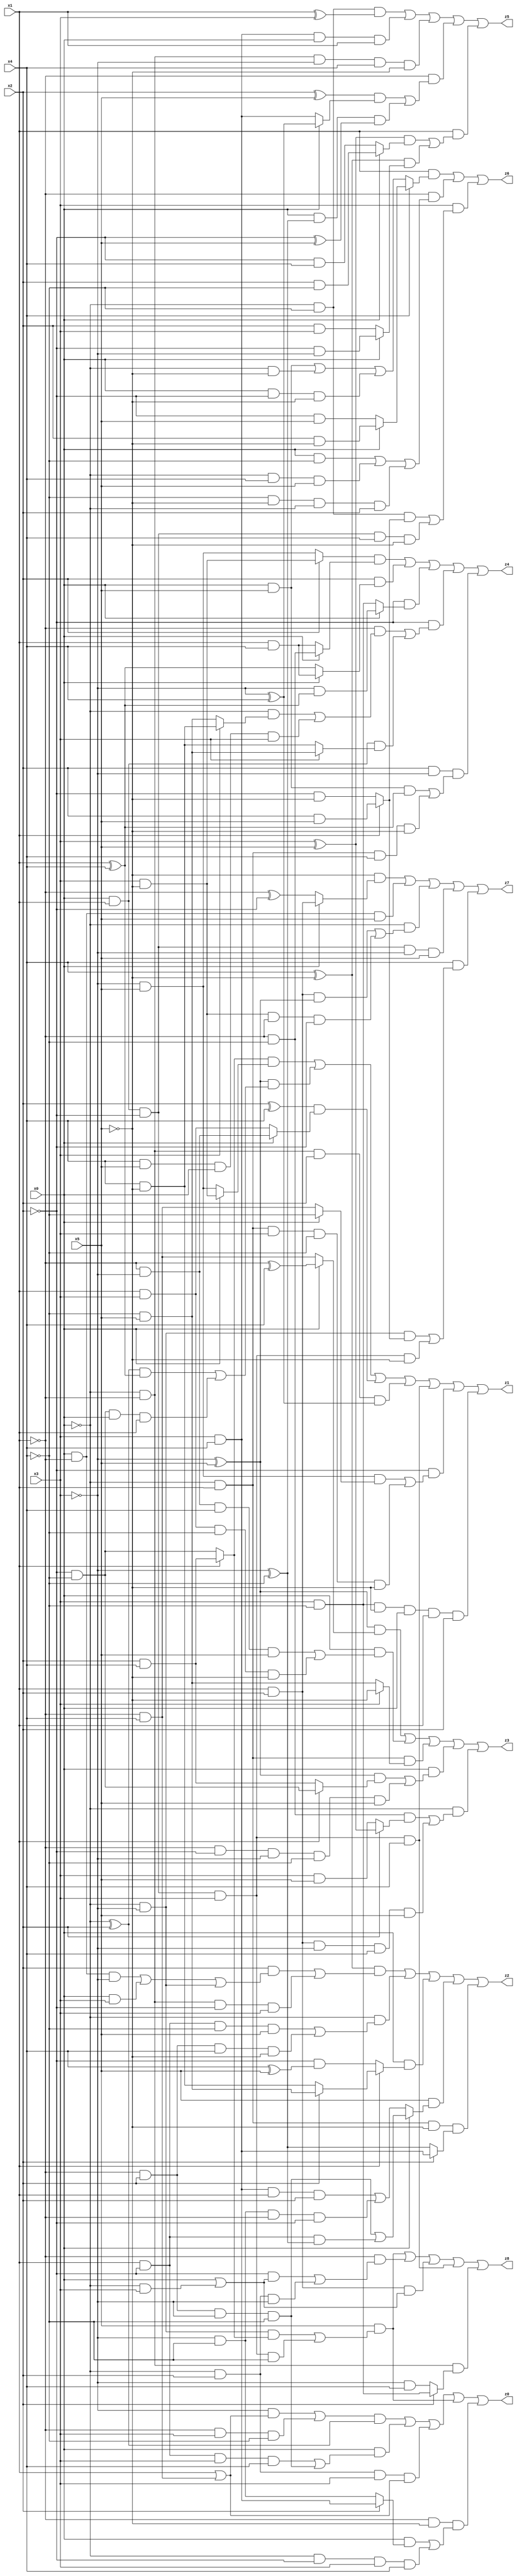
// Benchmark "X_55" written by ABC on Mon Jun 05 23:19:46 2023

module X_55 ( 
    x0, x1, x2, x3, x4, x5,
    z0, z1, z2, z3, z4, z5, z6, z7, z8  );
  input  x0, x1, x2, x3, x4, x5;
  output z0, z1, z2, z3, z4, z5, z6, z7, z8;
  assign z0 = (((~x3 & (x1 | (~x1 & x4))) | (~x1 & x3 & ~x4)) & (~x0 ^ x2)) | (x0 & ((x1 & ~x2 & x3 & x4) | (~x1 & x2 & ~x3 & ~x4))) | (~x0 & x2 & x3 & (x1 | (~x1 & x4))) | (x5 & ((~x0 & ~x3 & (x1 ? (x2 & x4) : (~x2 & ~x4))) | (x0 & x1 & ~x2 & x3 & ~x4))) | (~x1 & ~x5 & ((x0 & (x2 ? (x3 & x4) : (~x3 & ~x4))) | (~x0 & ~x2 & x3 & x4)));
  assign z1 = ((x1 ? (x2 & x4) : (~x2 & ~x4)) & (x0 ? (x3 & ~x5) : (~x3 & x5))) | ((~x3 ^ x5) & (((~x0 ^ x2) & (x1 ^ x4)) | (~x2 & ~x4 & x0 & x1))) | ((x2 ^ x4) & (x0 ? (~x1 & ~x3) : (x1 & x3))) | (~x0 & ~x1 & x2 & (~x3 ^ x4)) | (x0 & x1 & ~x2 & x3 & x4) | (~x2 & ((~x3 & x5 & (x0 ? ~x4 : (~x1 & x4))) | (~x0 & x1 & x3 & ~x4 & ~x5))) | (x3 & ~x4 & ~x5 & x0 & x1 & x2);
  assign z2 = ((x4 ^ ~x5) & ((x2 & ((x0 & ~x1 & ~x3) | (x0 & x3) | (~x0 & ~x3))) | (~x0 & ~x1 & ~x2 & x3))) | (~x0 & ((x1 & ~x2 & ~x4 & x5) | (~x1 & x2 & x4 & ~x5))) | (x0 & (x1 ? (x2 ? (~x4 & x5) : (x4 & ~x5)) : (~x2 & (x4 ^ x5)))) | (x5 & (x0 ? ((~x1 & x2 & ~x3 & ~x4) | (x1 & ~x2 & (~x3 ^ ~x4))) : ((x3 & x4 & x1 & x2) | (~x3 & ~x4 & ~x1 & ~x2)))) | (~x0 & x1 & ~x5 & (x2 ? (x3 & x4) : (~x3 ^ ~x4)));
  assign z3 = ((~x3 ^ x5) & (x0 ? (~x1 ^ x4) : (~x1 & x4))) | (x0 & ((~x1 & ~x3 & x4 & x5) | (x1 & x3 & ~x4 & ~x5))) | (~x0 & x1 & (x3 ? ~x5 : (~x4 & x5))) | (x0 & (((~x3 ^ x5) & (x1 ? (~x2 & ~x4) : (x2 & x4))) | (~x1 & ~x2 & ~x3 & ~x4 & x5))) | (~x0 & ((~x1 & ~x4 & (x2 ? (x3 ^ x5) : (x3 & x5))) | (x1 & x2 & ~x3 & x4 & x5)));
  assign z4 = ((x2 ? (x3 & ~x5) : (~x3 & x5)) & (x0 ? (~x1 & ~x4) : (x1 & x4))) | (x2 & (x0 ? (x1 & x4) : (x1 ^ x4))) | (~x2 & (x0 ? (~x3 & (x1 ^ x4)) : (x3 & ~x4))) | (~x2 & ((~x1 & ((~x0 & (x3 ? (x4 & ~x5) : (~x4 & x5))) | (x4 & x5 & x0 & x3))) | (x0 & x1 & (x3 ? (~x4 & x5) : (x4 & ~x5))))) | (x2 & ~x3 & ((x0 & x5 & (x1 ^ x4)) | (~x0 & x1 & x4 & ~x5)));
  assign z5 = (~x0 & ~x4 & (x1 ^ x3)) | (x3 & x4 & x0 & x1) | (~x0 & ~x1 & ~x3 & x4 & ~x5) | (~x1 & (((x2 ^ x5) & (x0 ? (~x3 ^ x4) : (x3 & x4))) | (x0 & (~x3 ^ ~x4) & (~x2 ^ x5)))) | (x1 & (((x3 ^ x5) & (x0 ? (x2 & ~x4) : (~x2 & x4))) | ((x4 ^ ~x5) & (x0 ? (~x2 & ~x3) : (x2 & x3)))));
  assign z6 = (x1 & (x4 ? (x0 ? (x2 & ~x5) : (~x2 & x5)) : ((x0 & x5) | (~x0 & ~x5) | (x0 & ~x2 & ~x5)))) | (~x1 & ((x0 & ~x4) | (~x0 & x4 & x5) | (~x4 & ~x5 & ~x0 & x2))) | (x3 & ((~x0 & ~x4 & (x1 ? (x2 & x5) : (~x2 & ~x5))) | (x0 & x1 & ~x2 & x4 & ~x5)));
  assign z7 = (~x5 & (x0 ? (x1 & x2) : (~x1 ^ ~x2))) | (x0 & ~x1 & x5) | (~x0 & ((x1 & x2 & (~x3 ^ x5)) | (x3 & ~x5 & ~x1 & ~x2))) | (x0 & x1 & ~x2 & ~x3 & x5) | (x4 & ((~x0 & ~x3 & (x1 ? (x2 & x5) : (~x2 & ~x5))) | (x0 & x1 & ~x2 & x3 & ~x5)));
  assign z8 = (x5 & ((~x0 & ~x3 & (x1 ? (x2 & x4) : (~x2 & ~x4))) | (x0 & x1 & ~x2 & x3 & ~x4))) | (~x1 & ((~x2 & (x0 | (~x0 & x3))) | (~x0 & x2 & ~x3))) | (x1 & x2 & (x0 | (~x0 & x3))) | (x0 & x1 & ~x2 & x3 & x4) | (~x0 & ~x1 & (x2 ? (x3 & ~x4) : (~x3 & x4)));
endmodule